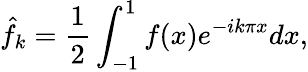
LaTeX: \hat{f}_{k}=\frac{1}{2}\int_{-1}^{1}f(x)e^{-ik\pi x}dx,